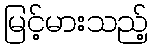
မြင့်မားသည့်